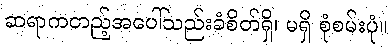
ဆရာကတည့်အပေါ်သည်းခံစိတ်ရှိ၊ မရှိ စုံစမ်းပုံ။